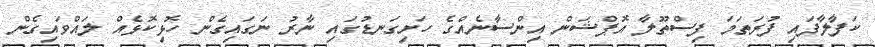
ކަފާލާފައި ފުރަތަމަ ފިސްތޫލާ އޮޕްޝަން އިންސާނެއްގެ ހަށިގަނޑުގައި ނާރު ނަގައިގެން ހޮޅިކޮޅެއް ލައްވައިގެން